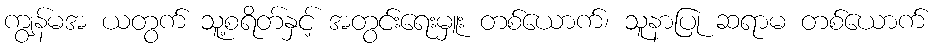
ကျွန်မအ ယတွက် သူ့စရိတ်နှင့် အတွင်းရေးမှူး တစ်ယောက်၊ သူနာပြု ဆရာမ တစ်ယောက်